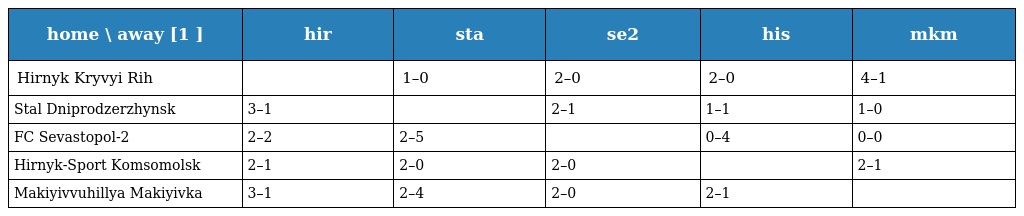
| home \ away [1 ] | hir | sta | se2 | his | mkm |
 | --- | --- | --- | --- | --- | --- |
 | Hirnyk Kryvyi Rih |  | 1–0 | 2–0 | 2–0 | 4–1 |
 | Stal Dniprodzerzhynsk | 3–1 |  | 2–1 | 1–1 | 1–0 |
 | FC Sevastopol-2 | 2–2 | 2–5 |  | 0–4 | 0–0 |
 | Hirnyk-Sport Komsomolsk | 2–1 | 2–0 | 2–0 |  | 2–1 |
 | Makiyivvuhillya Makiyivka | 3–1 | 2–4 | 2–0 | 2–1 |  |